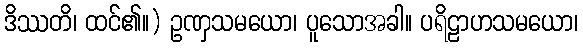
ဒိဿတိ၊ ထင်၏။) ဥဏှသမယော၊ ပူသောအခါ။ ပရိဠာဟသမယော၊